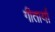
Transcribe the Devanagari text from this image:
गीतार्या